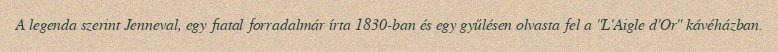
A legenda szerint Jenneval, egy fiatal forradalmár írta 1830-ban és egy gyűlésen olvasta fel a "L'Aigle d'Or" kávéházban.